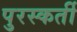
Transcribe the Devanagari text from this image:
पुरस्कर्ती